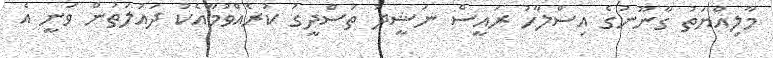
މާލިއްޔަތު ގާނޫނުގެ އިސްލާހު ރައީސް ނަޝީދު ތަސްދީގު ކުރެއްވުމާއެކު ދައުލަތުން ވަނީ އެ